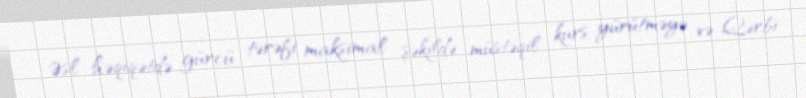
Əsl həqiqətdə gürcü tərəfi maksimal şəkildə müstəqil kurs yürütməyə və Qərbi